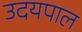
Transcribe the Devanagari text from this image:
उदयपाल